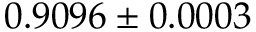
0 . 9 0 9 6 \pm 0 . 0 0 0 3